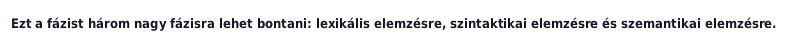
Ezt a fázist három nagy fázisra lehet bontani: lexikális elemzésre, szintaktikai elemzésre és szemantikai elemzésre.